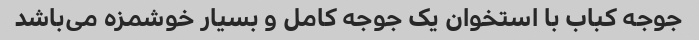
جوجه کباب با استخوان یک جوجه کامل و بسیار خوشمزه می‌باشد